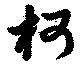
柯